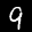
Label: 9